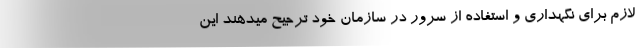
لازم برای نگهداری و استفاده از سرور در سازمان خود ترجیح میدهند این